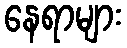
နေရာများ